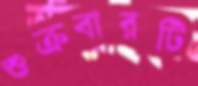
শুক্রবারটি